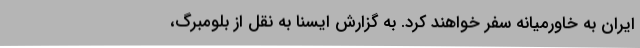
ایران به خاورمیانه سفر خواهند کرد. به گزارش ایسنا به نقل از بلومبرگ،